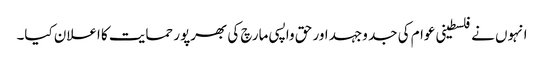
انہوں نے فلسطینی عوام کی جد وجہد اور حق واپسی مارچ کی بھرپور حمایت کا اعلان کیا۔